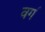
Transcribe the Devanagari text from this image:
वग॔